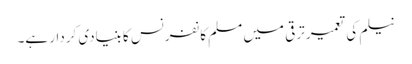
نیلم کی تعمیر ترقی میں مسلم کانفرنس کا بنیادی کردار ہے۔